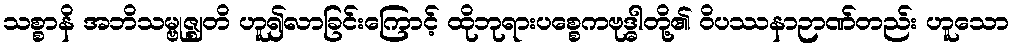
သစ္စာနိ အဘိသမ္ဗုဇ္ဈတိ ဟူ၍လာခြင်းကြောင့် ထိုဘုရားပစ္စေကဗုဒ္ဓါတို့၏ ဝိပဿနာဉာဏ်တည်း ဟူသော